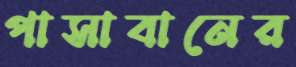
পাসাবানের